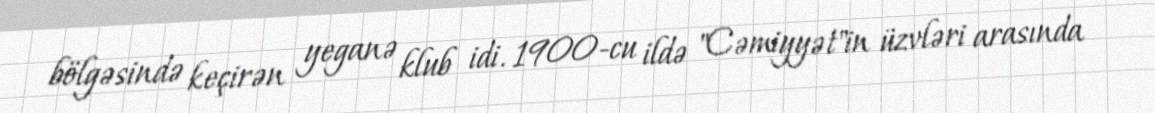
bölgəsində keçirən yeganə klub idi. 1900-cu ildə "Cəmiyyət"in üzvləri arasında